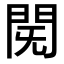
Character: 𮤈